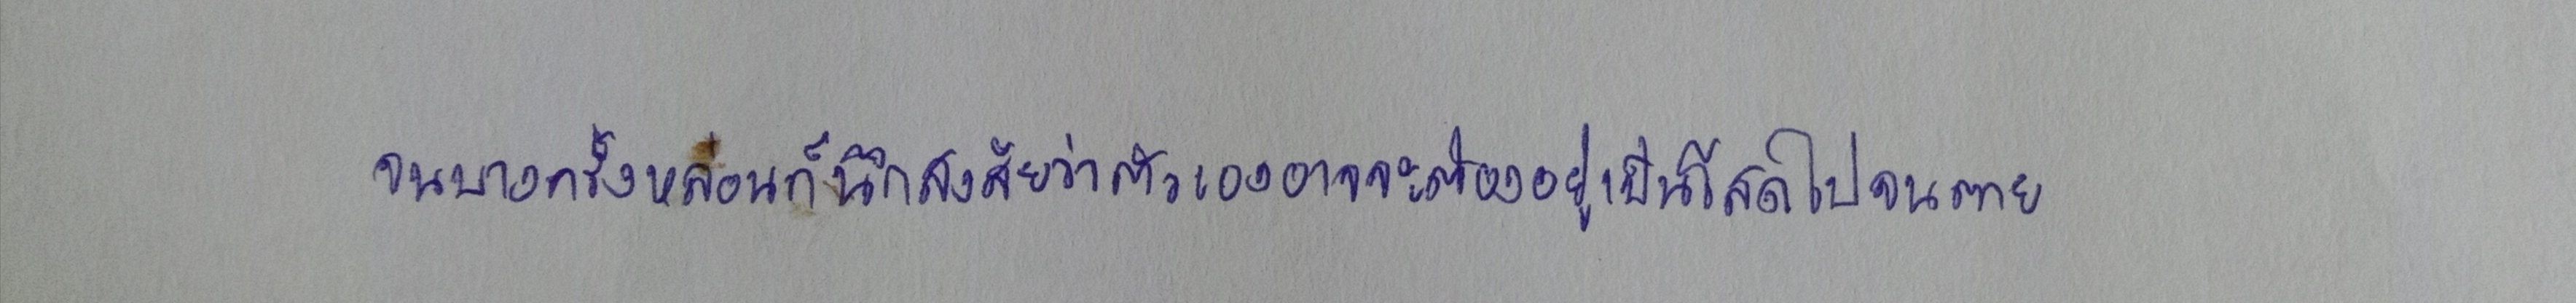
จนบางครั้งหล่อนก็นึกสงสัยว่าตัวเองอาจจะต้องอยู่เป็นโสดไปจนตาย...